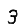
Digit: 3